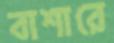
বাশারে